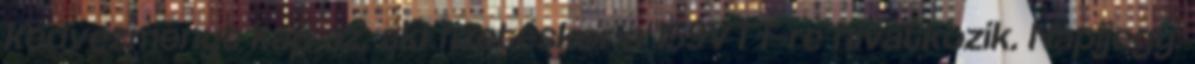
kedvezményt kap az, aki fizetéskor a 159VTT-re hivatkozik. Napijegy: